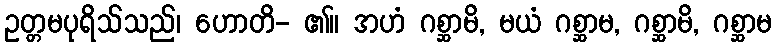
ဥတ္တမပုရိသ်သည်၊ ဟောတိ- ၏။ အဟံ ဂစ္ဆာမိ, မယံ ဂစ္ဆာမ, ဂစ္ဆာမိ, ဂစ္ဆာမ